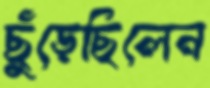
ছুঁড়েছিলেন